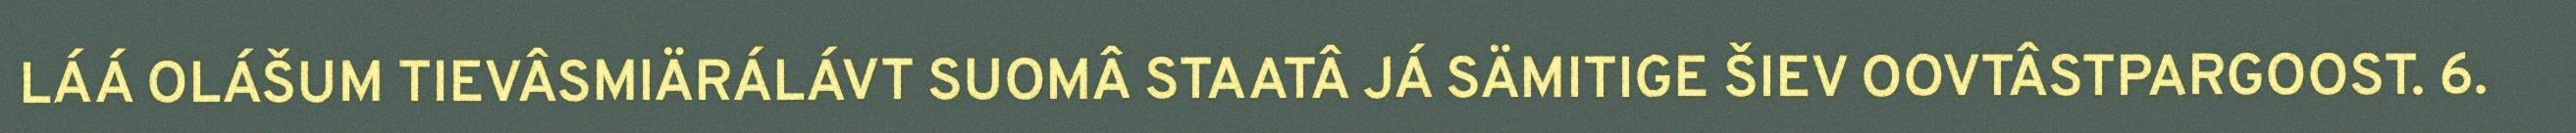
LÁÁ OLÁŠUM TIEVÂSMIÄRÁLÁVT SUOMÂ STAATÂ JÁ SÄMITIGE ŠIEV OOVTÂSTPARGOOST. 6.